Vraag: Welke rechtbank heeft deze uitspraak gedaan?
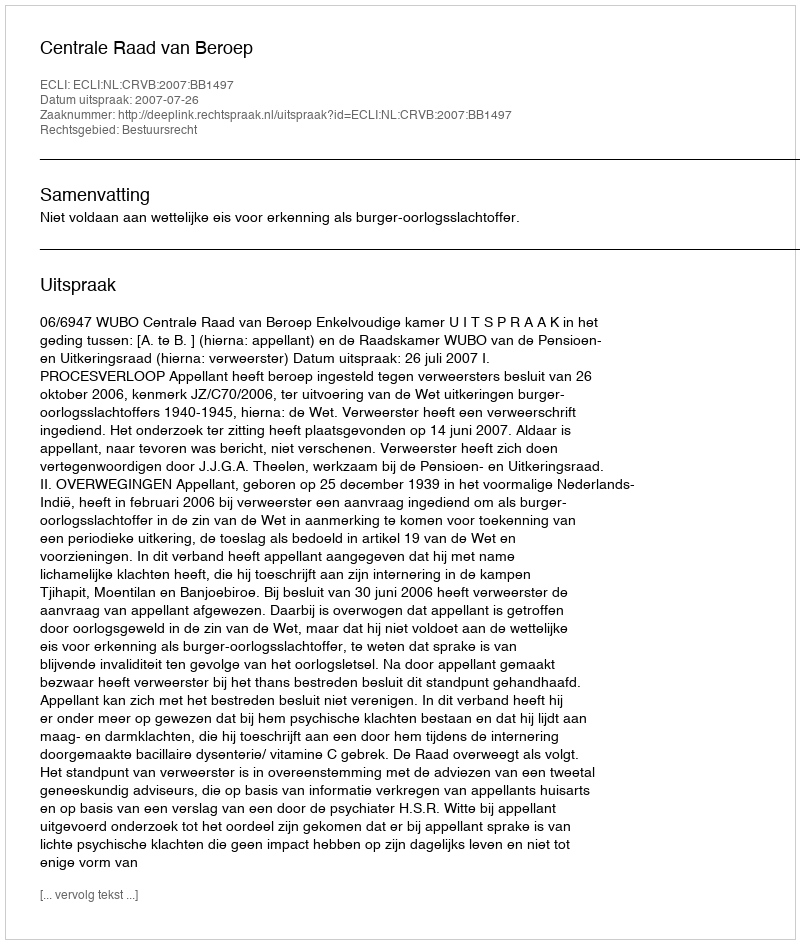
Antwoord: Centrale Raad van Beroep